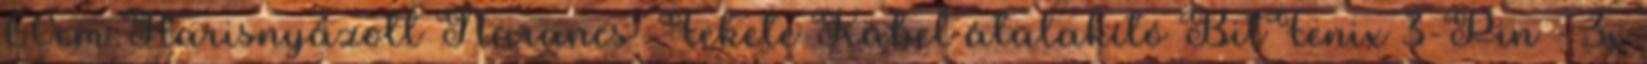
60cm Harisnyázott Narancs Fekete Kábel átalakító BitFenix 3-Pin - 3x